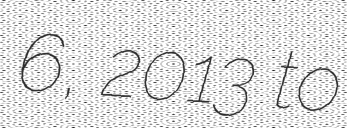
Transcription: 6, 2013 to